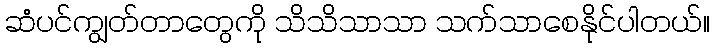
ဆံပင်ကျွတ်တာတွေကို သိသိသာသာ သက်သာစေနိုင်ပါတယ်။